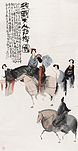
明眸皓齿谁复见，只有丹青余泪痕。